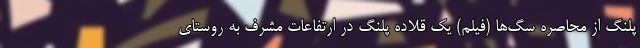
پلنگ از محاصره سگ‌ها (فیلم) یک قلاده پلنگ در ارتفاعات مشرف به روستای